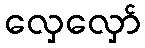
လှေလှော်